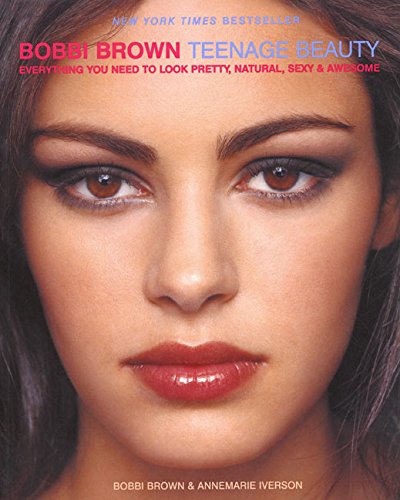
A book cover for Bobbi Brown Teenage Beauty: Everything You Need to Look Pretty, Natural, Sexy and Awesome; Bobbi Brown; Teen & Young Adult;